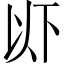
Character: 𫠪